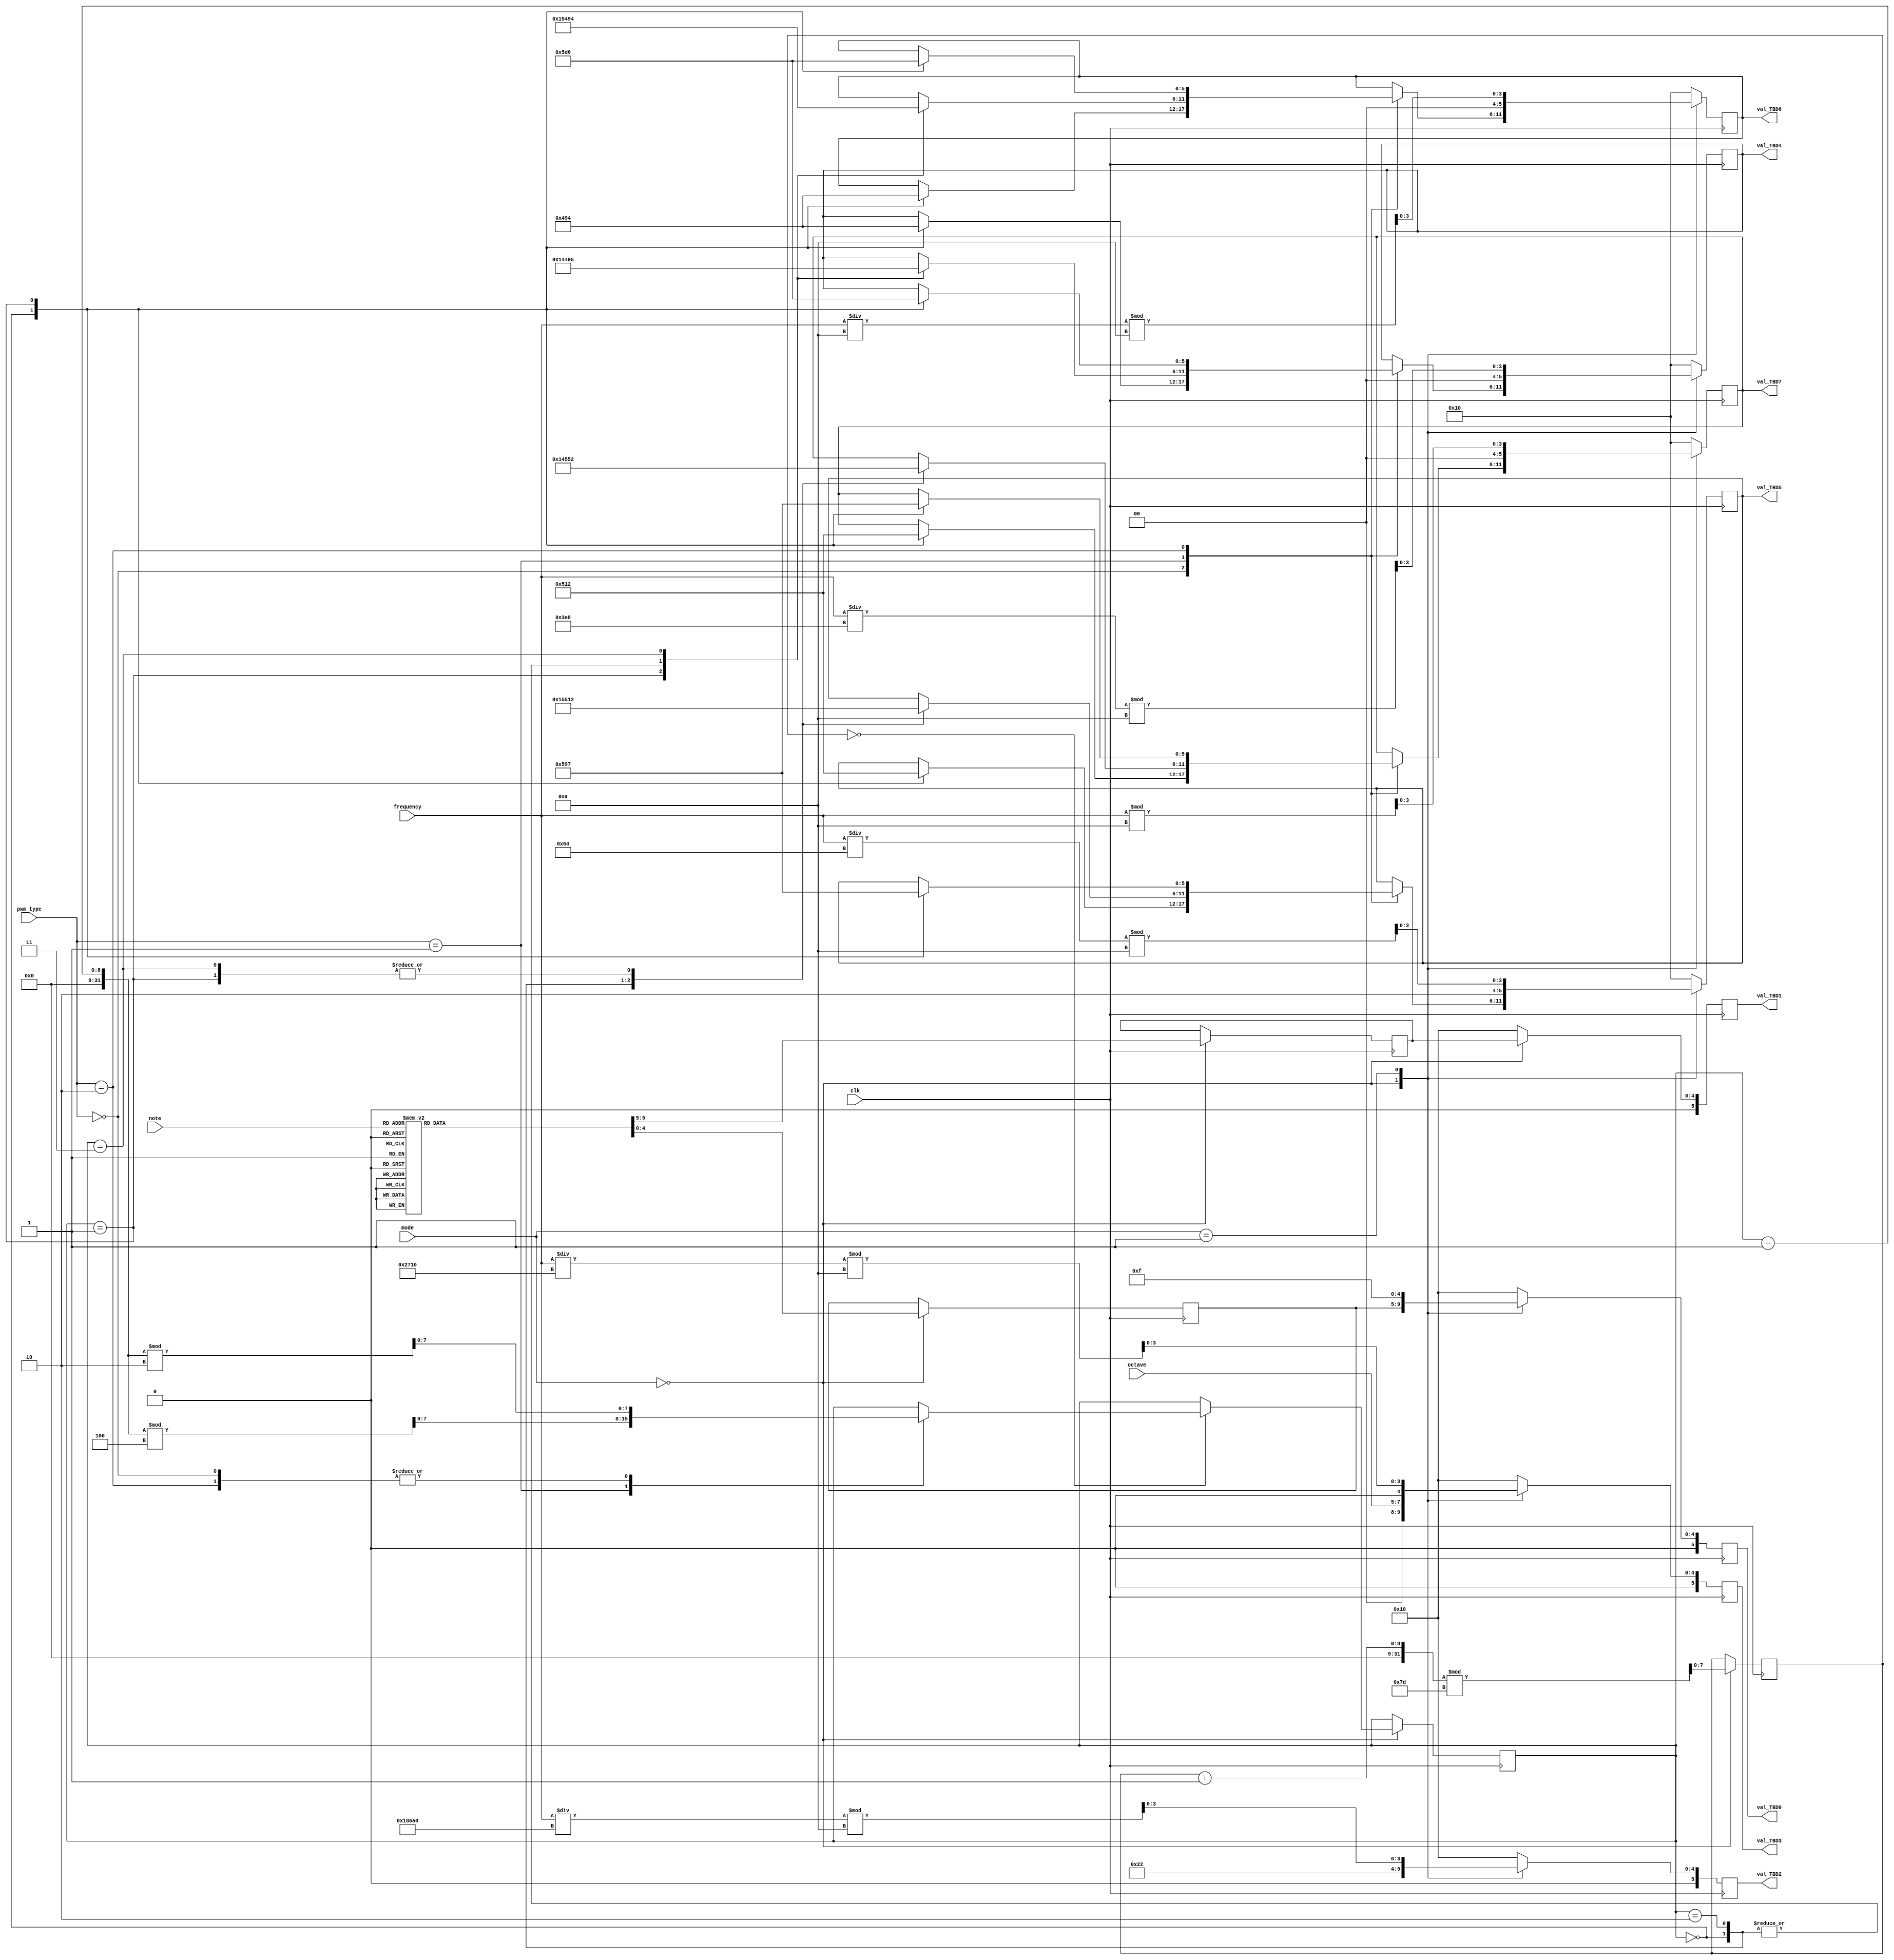
// Does some BCD conversion and supports the two display modes
// Frequency and note/octave/wave animation

`timescale 1ns / 1ps

module display_mode(
    input wire clk,          // 500Hz
    input wire [2:0] mode,   // Mode - 8 modes
    
    // inputs we swtich between
    input wire [3:0] note,
    input wire [2:0] octave,
    input wire [31:0] frequency,
    input wire [3:0] pwm_type,
    
    output reg [5:0] val_TBD0, // disp0 (left digit)
    output reg [5:0] val_TBD1, // disp1
    output reg [5:0] val_TBD2, // disp2
    output reg [5:0] val_TBD3, // disp3
    output reg [5:0] val_TBD4, // disp4
    output reg [5:0] val_TBD5, // disp5
    output reg [5:0] val_TBD6, // disp6
    output reg [5:0] val_TBD7  // disp7 (right digit)
);
    parameter NOTHING = 5'b10000;
    parameter SYM_DASH= 5'b10010;
    parameter SYM_UNDERSCORE = 5'b10100;
    parameter SYM_TOP = 5'b10101;
    parameter triangle_0 = 5'b10110;
    parameter triangle_1 = 5'b10111;

    reg [4:0] note_dig1; // note digit 1 
    reg [4:0] note_dig2; // note digit 2

    reg [7:0] animation_counter = 0; // Counter for pwm animation
    
    reg [3:0] hundred_thousands;
    reg [3:0] ten_thousands;
    reg [3:0] thousands;
    reg [3:0] hundreds;
    reg [3:0] tens;
    reg [3:0] ones;
    reg [3:0] tenths;
    reg [3:0] hundredths;
    reg [7:0] delay_counter = 0;


    always @(posedge clk) begin
        case (mode)
            3'b000: begin // Mode 0: Display note on the first 2 digits and octave on the third digit

                // case statement that converts note index to its proper hex value for display
                case(note)
                    4'b0000: begin // C_
                        note_dig1 <= 5'hC; // C
                        note_dig2 <= NOTHING;
                    end
                    4'b0001: begin // C#
                        note_dig1 <= 5'hC; // C
                        note_dig2 <= 5'h5; // # (5)
                    end
                    4'b0010: begin // D_
                        note_dig1 <= 5'hD; // D
                        note_dig2 <= NOTHING;
                    end
                    4'b0011: begin // D#
                        note_dig1 <= 5'hD; // D
                        note_dig2 <= 5'h5; // # (5)
                    end
                    4'b0100: begin // E_
                        note_dig1 <= 5'hE; // E
                        note_dig2 <= NOTHING;
                    end
                    4'b0101: begin // F_
                        note_dig1 <= 5'hF; // F
                        note_dig2 <= NOTHING;
                    end
                    4'b0110: begin // F#
                        note_dig1 <= 5'hF; // F
                        note_dig2 <= 5'h5; // # (5)
                    end
                    4'b0111: begin // G_
                        note_dig1 <= 5'b10011; // G
                        note_dig2 <= NOTHING;
                    end
                    4'b1000: begin // G#
                        note_dig1 <= 5'b10011; // G
                        note_dig2 <= 5'h5; // # (5)
                    end
                    4'b1001: begin // A_
                        note_dig1 <= 5'hA; // A
                        note_dig2 <= NOTHING;
                    end
                    4'b1010: begin // A#
                        note_dig1 <= 5'hA; // A
                        note_dig2 <= 5'h5; // # (5)
                    end
                    4'b1011: begin // B_
                        note_dig1 <= 5'hB; // B
                        note_dig2 <= NOTHING;
                    end
                    default: begin // __
                        note_dig1 <= NOTHING;
                        note_dig2 <= NOTHING;
                    end
                endcase
                
                // assign to display note value and octave
                val_TBD0 <= note_dig1;
                val_TBD1 <= note_dig2;
                val_TBD2 <= 5'b10001; // degree symbol (meaning octave)
                val_TBD3 <= {1'b0, octave}; // octave number

                delay_counter <= (delay_counter + 1) % 125;

                
                // Only increment animation counter when delay counter resets
                    if (delay_counter == 0) begin
                    case (pwm_type)
                        3'b000: // square wave
                            animation_counter <= (animation_counter + 1) % 2; // 2 steps for square wave
                        3'b001: // sine wave
                            animation_counter <= (animation_counter + 1) % 4; // 4 steps for sine wave
                        3'b010: // triangle wave
                            animation_counter <= (animation_counter + 1) % 2; // 2 steps for triangle wave
                        default:
                            animation_counter <= animation_counter;
                    endcase
                end
                
                // Choose animation based on pwm_type
                case (pwm_type)
                    4'b0000: begin // square wave -_-_
                        case (animation_counter)
                            0: begin
                                val_TBD7 = SYM_UNDERSCORE;
                                val_TBD6 = SYM_DASH;
                                val_TBD5 = SYM_UNDERSCORE;
                                val_TBD4 = SYM_DASH;
                            end
                            1: begin
                                val_TBD7 = SYM_DASH;
                                val_TBD6 = SYM_UNDERSCORE;
                                val_TBD5 = SYM_DASH;
                                val_TBD4 = SYM_UNDERSCORE;
                            end
                        endcase
                    end
                    4'b0001: begin // sine wave _-~-_-~-_
                        case (animation_counter)
                            0: begin
                                val_TBD7 = SYM_UNDERSCORE;
                                val_TBD6 = SYM_DASH;
                                val_TBD5 = SYM_TOP;
                                val_TBD4 = SYM_DASH;
                            end
                            1: begin
                                val_TBD7 = SYM_DASH;
                                val_TBD6 = SYM_TOP;
                                val_TBD5 = SYM_DASH;
                                val_TBD4 = SYM_UNDERSCORE;
                            end
                            2: begin
                                val_TBD7 = SYM_TOP;
                                val_TBD6 = SYM_DASH;
                                val_TBD5 = SYM_UNDERSCORE;
                                val_TBD4 = SYM_DASH;
                            end
                            3: begin
                                val_TBD7 = SYM_DASH;
                                val_TBD6 = SYM_UNDERSCORE;
                                val_TBD5 = SYM_DASH;
                                val_TBD4 = SYM_TOP;
                            end
                        endcase
                    end
                    4'b0010: begin // triangle wave (doesnt really look like a triangle but whatever)
                        case (animation_counter)
                            0: begin
                                val_TBD7 = triangle_0;
                                val_TBD6 = triangle_1;
                                val_TBD5 = triangle_0;
                                val_TBD4 = triangle_1;
                            end
                            1: begin
                                val_TBD7 = triangle_1;
                                val_TBD6 = triangle_0;
                                val_TBD5 = triangle_1;
                                val_TBD4 = triangle_0;
                            end
                        endcase
                    end
                endcase


                // blanks
                //val_TBD4 <= NOTHING;
                //val_TBD5 <= NOTHING;
                
                // display wave mode (square or sine or whatever)
                //val_TBD6 <= {1'b0, pwm_type[3:2]}; // Display the upper 2 bits of pwm_type
                //val_TBD7 <= {1'b0, pwm_type[1:0]}; // Display the lower 2 bits of pwm_type
            end
            
            
            3'b001: begin // Mode 1: Display frequency

                // Division and modulo operations to extract each digit for decimal display
                // THE REGS ARE NAMED WRONG HERE BUT VALUES ARE RIGHT
                hundred_thousands = (frequency / 100000) % 10;
                ten_thousands = (frequency / 10000) % 10;
                thousands = (frequency / 1000) % 10;
                hundreds = (frequency / 100) % 10;
                tens = (frequency / 10) % 10;
                ones = frequency % 10;
                tenths = (frequency / 100) % 10;
                hundredths = (frequency / 1000) % 10;

                // Mapping each digit to the display values
                /* 
                val_TBD0 <= 6'hF;
                val_TBD1 <= {1'b0, 1'b0, ten_thousands};
                val_TBD2 <= {1'b0, 1'b0, thousands};
                val_TBD3 <= {1'b0, 1'b0, hundreds};
                val_TBD4 <= {1'b0, 1'b0, tens};
                val_TBD5 <= {1'b1, 1'b0, ones}; // 1'b1 is decimal point
                val_TBD6 <= {1'b0, 1'b0, tenths};
                val_TBD7 <= {1'b0, 1'b0, hundredths};
                */
                val_TBD0 <= 6'hF;
                val_TBD1 <= 5'b10000; // disp nothing
                val_TBD2 <= {1'b0, 1'b0, hundred_thousands};
                val_TBD3 <= {1'b0, 1'b0, ten_thousands};
                val_TBD4 <= {1'b0, 1'b0, thousands};
                val_TBD5 <= {1'b1, 1'b0, hundreds}; // 1'b1 is decimal point
                val_TBD6 <= {1'b0, 1'b0, tens};
                val_TBD7 <= {1'b0, 1'b0, ones};

            end
            
            
            default: begin
                // disp nothing in default case
                val_TBD0 <= NOTHING;
                val_TBD1 <= NOTHING;
                val_TBD2 <= NOTHING;
                val_TBD3 <= NOTHING;
                val_TBD4 <= NOTHING;
                val_TBD5 <= NOTHING;
                val_TBD6 <= NOTHING;
                val_TBD7 <= NOTHING;
            end
        endcase
    end

endmodule